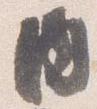
内